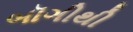
બૉગીથી